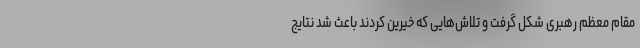
مقام معظم رهبری شکل گرفت و تلاش‌هایی که خیرین کردند باعث شد نتایج